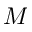
M